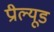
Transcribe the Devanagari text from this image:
प्रील्यूड